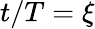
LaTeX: t/T=\xi